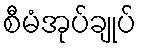
စီမံအုပ်ချုပ်